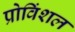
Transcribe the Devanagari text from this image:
प्रोविंशल